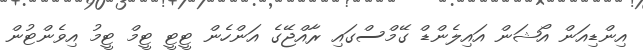
އިންޑިއަން އޯޝަން އައިލެންޑް ގޭމްސްގައި ރާއްޖޭގެ އަންހެން ޓީޓީ ޓީމް ޓީމު އިވެންޓުން